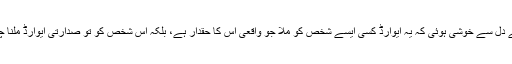
مجھے دل سے خوشی ہوئی کہ یہ ایوارڈ کسی ایسے شخص کو ملا جو واقعی اس کا حقدار ہے، بلکہ اس شخص کو تو صدارتی ایوارڈ ملنا چاہئے۔